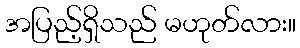
အပြည့်ရှိသည် မဟုတ်လား။